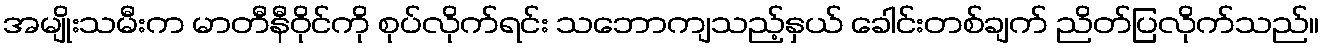
အမျိုးသမီးက မာတီနီဝိုင်ကို စုပ်လိုက်ရင်း သဘောကျသည့်နှယ် ခေါင်းတစ်ချက် ညိတ်ပြလိုက်သည်။